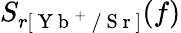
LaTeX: S_{r[\mathrm{~Y~b~}^{+}\mathrm{~/~S~r~}]}(f)